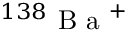
^ { 1 3 8 } \mathrm { ~ B ~ a ~ } ^ { + }